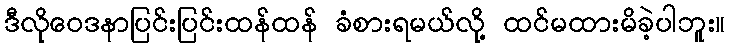
ဒီလိုဝေဒနာပြင်းပြင်းထန်ထန် ခံစားရမယ်လို့ ထင်မထားမိခဲ့ပါဘူး။